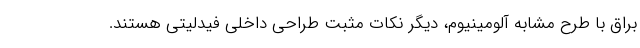
براق با طرح مشابه آلومینیوم، دیگر نکات مثبت طراحی داخلی فیدلیتی هستند.